Bréfritari: Ragnhildur Ólafsdóttir
Viðtakandi: Jón Borgfirðingur
Dagsetning: A-1881-10-31
Skrifað á: Lundum  Mýr.

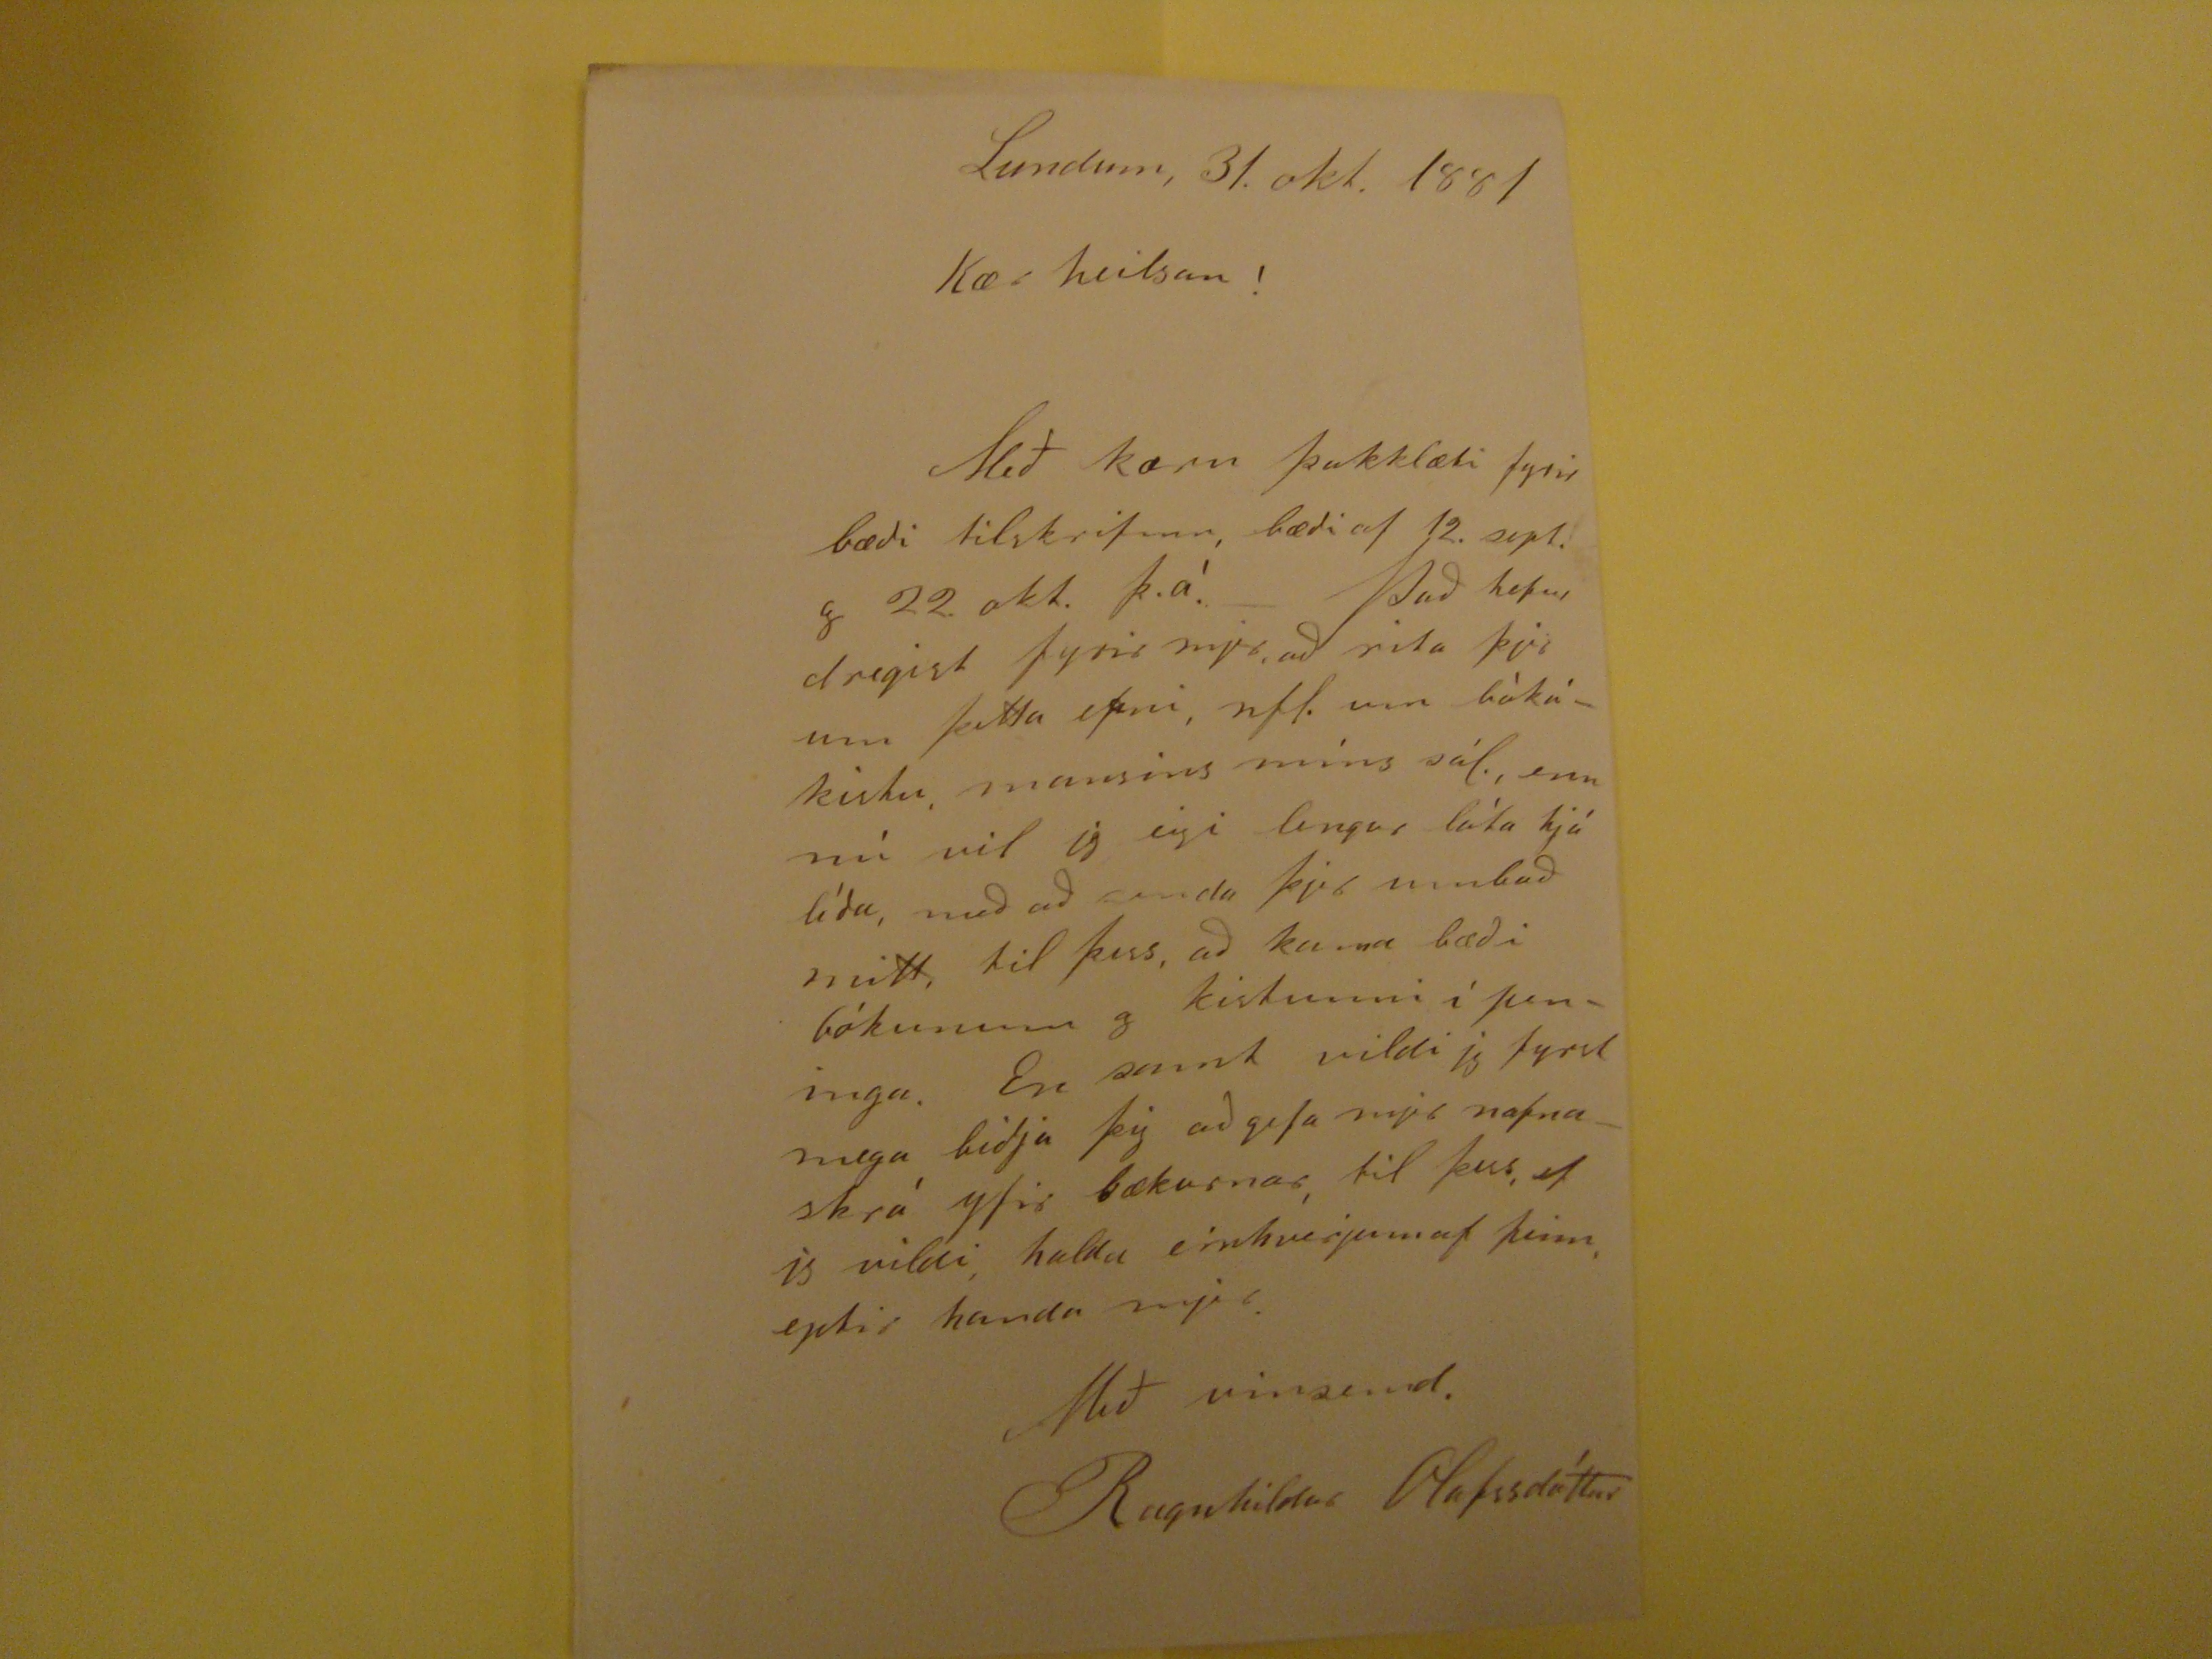

Lundum, 31. okt. 1881
Kær heilsan!
Með kæru þakklæti fyrir bædi tilskrifinn, bædi af 12. sept. g 22 okt. þ.á. Þad hefur dregist fyrir mjer, ad rita þjer um þetta efni, nfl. um bókakistu mannsins míns sál., enn nú vil jg eigi lengur láta hjá lída, med ad senda þjer umbod mitt, til þess, ad koma bædi bókunum g kistunni i þeningu. En samt vildi jg fyrst mega bidja þig ad gefa mjer nafnaskrá yfir bækurnar, til þess, ef
is
vildi, halda einhverjum af þeim, eptir handa mjer.
Með vinsemd.
Ragnhildur Olafssdóttur